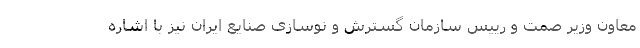
معاون وزیر صمت و رییس سازمان گسترش و نوسازی صنایع ایران نیز با اشاره